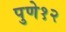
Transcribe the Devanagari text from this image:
पुणे१२